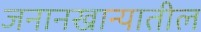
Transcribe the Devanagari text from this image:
जनानखान्यातील